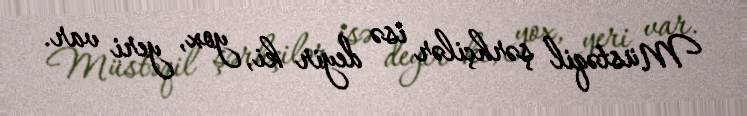
Müstəqil şərhçilər isə deyir ki, yox, yeri var.